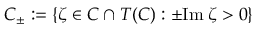
C _ { \pm } : = \{ \zeta \in C \cap T ( C ) : \pm \mathrm { I m } \: \zeta > 0 \}